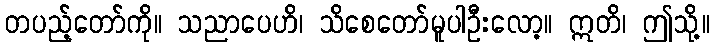
တပည့်တော်ကို။ သညာပေဟိ၊ သိစေတော်မူပါဦးလော့။ ဣတိ၊ ဤသို့။